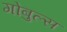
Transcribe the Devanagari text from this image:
गोबुल्स